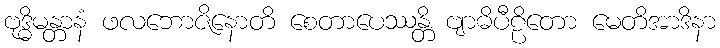
ဗုဒ္ဓိမန္တာနံ ဖလဘောဇိနောတိ စေတာပေဿန္တိ ဗျာဓိပီဠိတော မေတိအာဒိနာ